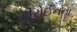
હીરોઈનના